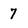
Character: 7